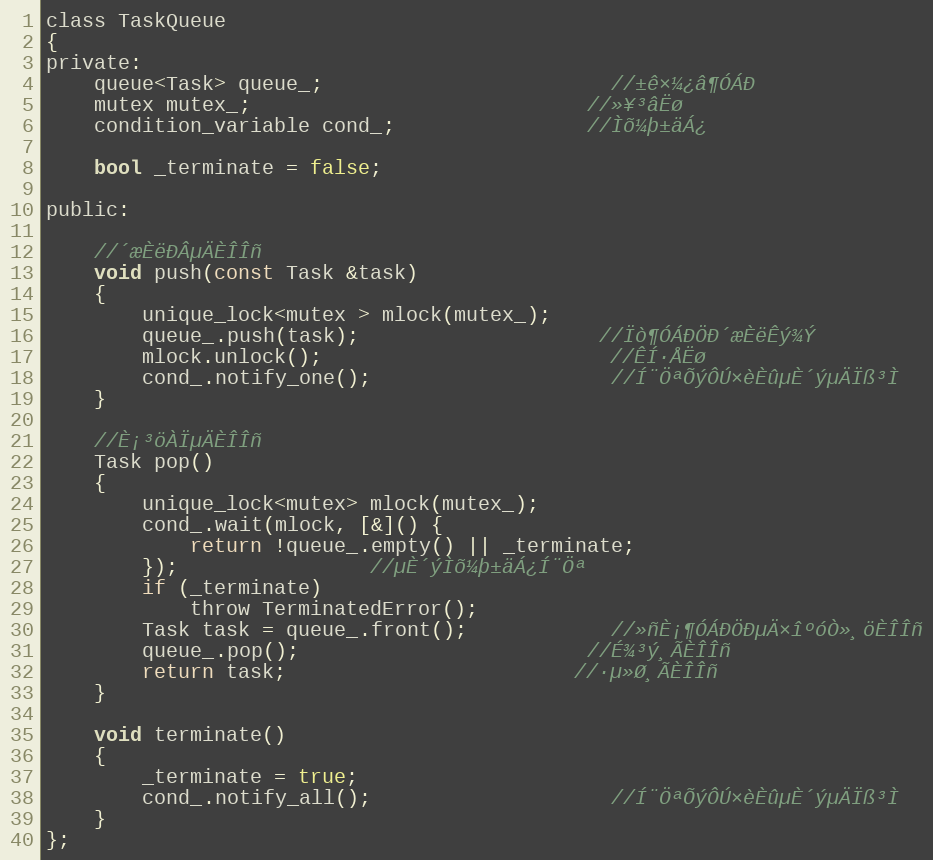
Language: C
class TaskQueue
{
private:
    queue<Task> queue_;						//±ê×¼¿â¶ÓÁÐ
    mutex mutex_;							//»¥³âËø
    condition_variable cond_;				//Ìõ¼þ±äÁ¿

    bool _terminate = false;

public:

    //´æÈëÐÂµÄÈÎÎñ
    void push(const Task &task)
    {
        unique_lock<mutex > mlock(mutex_);
        queue_.push(task);					//Ïò¶ÓÁÐÖÐ´æÈëÊý¾Ý
        mlock.unlock();						//ÊÍ·ÅËø
        cond_.notify_one();					//Í¨ÖªÕýÔÚ×èÈûµÈ´ýµÄÏß³Ì
    }

    //È¡³öÀÏµÄÈÎÎñ
    Task pop()
    {
        unique_lock<mutex> mlock(mutex_);
        cond_.wait(mlock, [&]() {
            return !queue_.empty() || _terminate;
        });				//µÈ´ýÌõ¼þ±äÁ¿Í¨Öª
        if (_terminate)
            throw TerminatedError();
        Task task = queue_.front();			//»ñÈ¡¶ÓÁÐÖÐµÄ×îºóÒ»¸öÈÎÎñ
        queue_.pop();						//É¾³ý¸ÃÈÎÎñ
        return task;						//·µ»Ø¸ÃÈÎÎñ
    }

    void terminate()
    {
        _terminate = true;
        cond_.notify_all();					//Í¨ÖªÕýÔÚ×èÈûµÈ´ýµÄÏß³Ì
    }
};